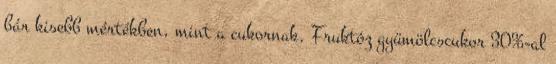
bár kisebb mértékben, mint a cukornak. Fruktóz gyümölcscukor 30%-al